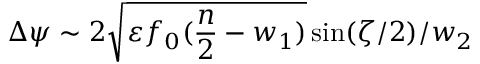
\Delta \psi \sim 2 \sqrt { \varepsilon f _ { 0 } ( \frac { n } { 2 } - w _ { 1 } ) } \sin ( \zeta / 2 ) / { w _ { 2 } }